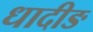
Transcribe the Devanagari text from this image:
धादीङ